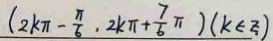
( 2 k \pi - \frac { \pi } { 6 } , 2 k \pi + \frac { 7 } { 6 } \pi ) ( k \in z )